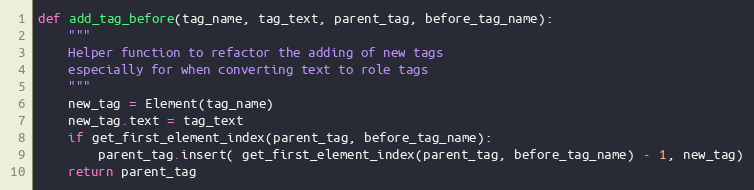
Language: Python
def add_tag_before(tag_name, tag_text, parent_tag, before_tag_name):
    """
    Helper function to refactor the adding of new tags
    especially for when converting text to role tags
    """
    new_tag = Element(tag_name)
    new_tag.text = tag_text
    if get_first_element_index(parent_tag, before_tag_name):
        parent_tag.insert( get_first_element_index(parent_tag, before_tag_name) - 1, new_tag)
    return parent_tag